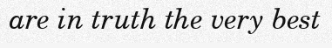
are in truth the very best